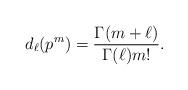
LaTeX: \begin{align*}d_\ell(p^m)= \frac{\Gamma(m+\ell)}{\Gamma(\ell)m!}.\end{align*}